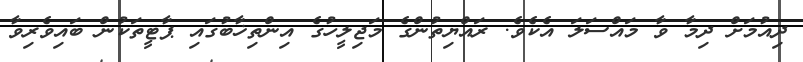
ދިއުމަށް ދިމާ ވާ މައްސަލަ އެކެވެ. ރައްޔިތުންގެ މަޖިލީހުގެ އިންތިޚާބުގައި ޕާޓީތަކުން ބައިވެރިވާ